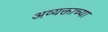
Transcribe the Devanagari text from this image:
अव्यक्ताच्या